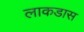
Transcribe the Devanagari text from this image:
लाकडास